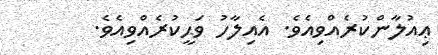
ޢިއުލާންކުރެއްވިއެވެ. އެއިލާހު ވަޙީކުރެއްވިއެވެ.